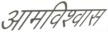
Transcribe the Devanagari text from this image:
आमविश्वास